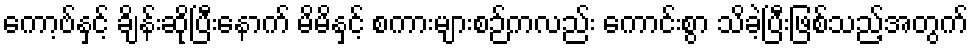
ကော့ဗ်နှင့် ချိန်းဆိုပြီးနောက် မိမိနှင့် စကားများစဉ်ကလည်း ကောင်းစွာ သိခဲ့ပြီးဖြစ်သည့်အတွက်